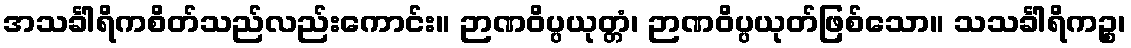
အသင်္ခါရိကစိတ်သည်လည်းကောင်း။ ဉာဏဝိပ္ပယုတ္တံ၊ ဉာဏဝိပ္ပယုတ်ဖြစ်သော။ သသင်္ခါရိကဉ္စ၊